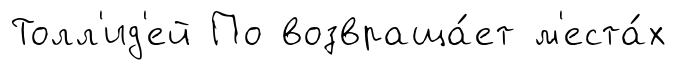
Толл'ид'ей По возвраща́ет м'еста́х